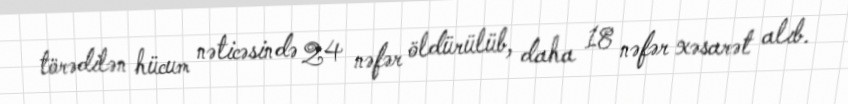
törədilən hücum nəticəsində 24 nəfər öldürülüb, daha 18 nəfər xəsarət alıb.